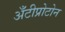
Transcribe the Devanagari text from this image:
अँटीप्रोटोन